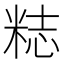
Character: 𥺃